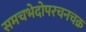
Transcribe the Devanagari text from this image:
समचभेदोपरचनचक्र